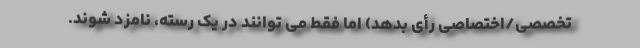
تخصصی/اختصاصی رأی بدهد) اما فقط می توانند در یک رسته، نامزد شوند.